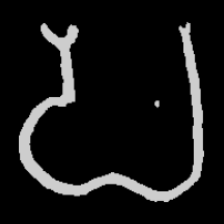
Pyu character \u2014 Myanmar letter: ပ (romanized: pa)